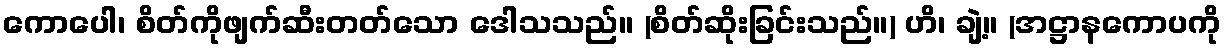
ကောပေါ၊ စိတ်ကိုဖျက်ဆီးတတ်သော ဒေါသသည်။ (စိတ်ဆိုးခြင်းသည်။) ဟိ၊ ချဲ့။ (အဋ္ဌာနကောပကို